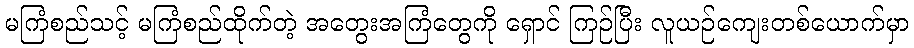
မကြံစည်သင့် မကြံစည်ထိုက်တဲ့ အတွေးအကြံတွေကို ရှောင် ကြဉ်ပြီး လူယဉ်ကျေးတစ်ယောက်မှာ